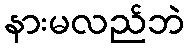
နားမလည်ဘဲ